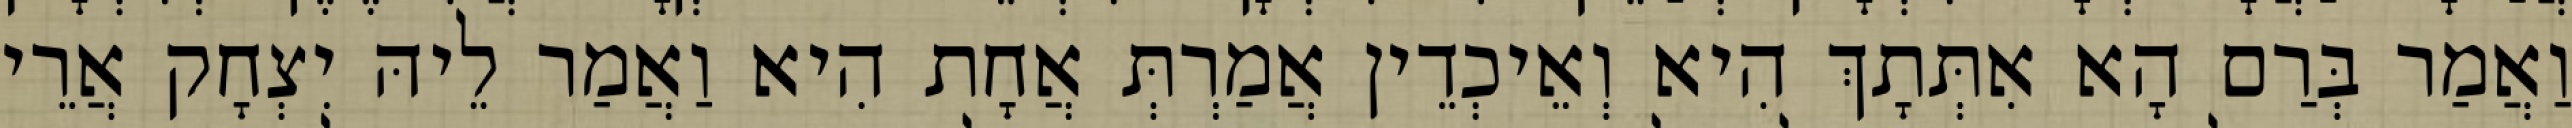
וַאֲמַר בְּרַם הָא אִתְּתָךְ הִיא וְאֵיכְדֵין אֲמַרְתְּ אֲחָת הִיא וַאֲמַר לֵיהּ יִצְחָק אֲרֵי